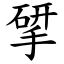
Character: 揅